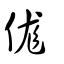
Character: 𠈵